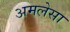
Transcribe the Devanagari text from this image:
अमलेसा